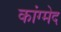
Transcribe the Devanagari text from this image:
कांग्मेद